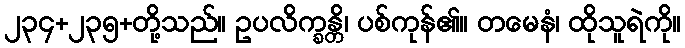
၂၃၄+၂၃၅+တို့သည်။ ဥပလိက္ခန္တိ၊ ပစ်ကုန်၏။ တမေနံ၊ ထိုသူရဲကို။